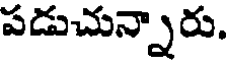
పడుచున్నారు.